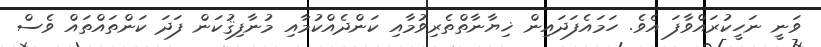
ވަނީ ނަހީކުރައްވާފަ އެވެ. ހަމައެފަދައިން ޚިޔާނާތްތެރިވުމާއި ކަންދެއްކުމާއި މުނާފިޤުކަން ފަދަ ކަންތައްތައް ވެސް